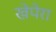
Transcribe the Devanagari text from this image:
खेपेरा